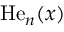
\operatorname { H e } _ { n } ( x )